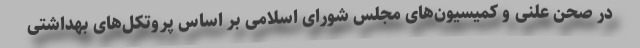
در صحن علنی و کمیسیون‌های مجلس شورای اسلامی بر اساس پروتکل‌های بهداشتی